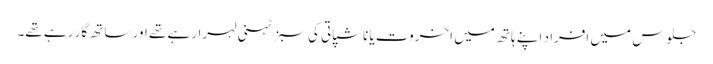
جلوس میں افراد اپنے ہاتھ میں اخروت یا ناشپاتی کی سبز ٹہنی لہرارہے تھے اور ساتھ گار رہے تھے۔